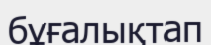
бұғалықтап